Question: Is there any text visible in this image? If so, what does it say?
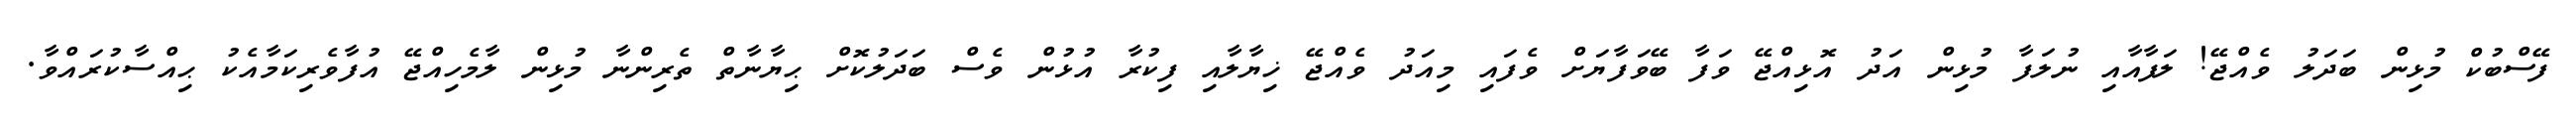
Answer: ފޭސްބުކް މުޅިން ބަދަލު ވެއްޖޭ! ލަފާއާއި ނުލަފާ މުޅިން އަދު އޮޅިއްޖޭ ވަފާ ބޭވަފާޔަށް ވެފައި މިއަދު ވެއްޖޭ ޚިޔާލާއި ފިކުރާ އުޅުން ވެސް ބަދަލުކޮށް ޙިޔާނާތް ތެރިންނާ މުޅިން ލާމެހިއްޖޭ އުފާވެރިކަމާއެކު ޙިއްސާކުރައްވާ.